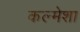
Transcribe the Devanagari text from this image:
कल्मेशा